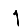
Digit: 1